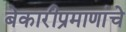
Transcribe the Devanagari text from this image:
बेकारीप्रमाणांचे